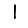
Digit: 1